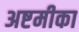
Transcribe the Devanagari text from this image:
अष्टमीका